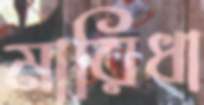
মারিধা